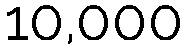
10,000